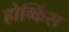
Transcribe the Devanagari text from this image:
होव्किंस